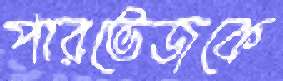
পারভেজকে